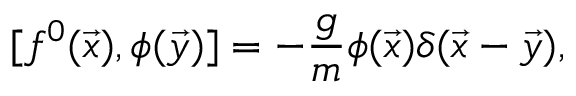
[ f ^ { 0 } ( \vec { x } ) , \phi ( \vec { y } ) ] = - \frac { g } { m } \phi ( \vec { x } ) \delta ( \vec { x } - \vec { y } ) ,